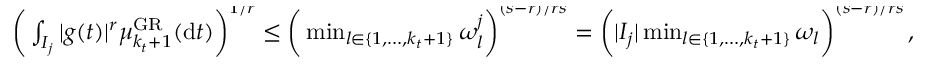
\begin{array} { r } { \bigg ( \int _ { I _ { j } } | g ( t ) | ^ { r } \mu _ { k _ { t } + 1 } ^ { \mathrm { G R } } ( \mathrm { d } t ) \bigg ) ^ { \smash { 1 / r } } \leq \bigg ( \operatorname* { m i n } _ { l \in \{ 1 , \ldots , k _ { t } + 1 \} } \omega _ { l } ^ { j } \bigg ) ^ { \smash { ( s - r ) / r s } } = \bigg ( | I _ { j } | \operatorname* { m i n } _ { l \in \{ 1 , \ldots , k _ { t } + 1 \} } \omega _ { l } \bigg ) ^ { \smash { ( s - r ) / r s } } \, , } \end{array}